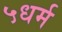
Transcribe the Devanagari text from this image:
५धर्म